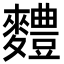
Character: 䵄